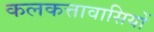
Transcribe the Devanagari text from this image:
कलकत्तावासियों